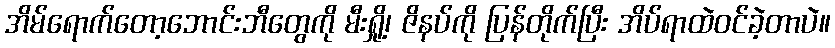
အိမ်ရောက်တော့ဘောင်းဘီတွေကို မီးရှို့၊ ဇိနပ်ကို ပြန်တိုက်ပြီး အိပ်ရာထဲဝင်ခဲ့တာပဲ။